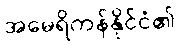
အမေရိကန်နိုင်ငံ၏